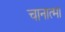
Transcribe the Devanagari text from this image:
चानात्मा